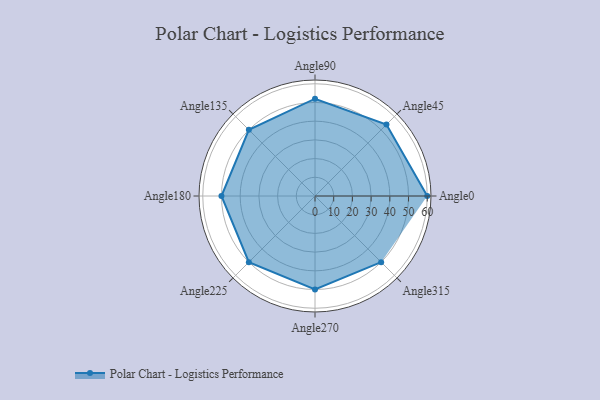
{"axis": {"x": "Angle", "y": "Radius"}, "legend": [""], "data": [{"x": "Angle0", "y": 60.0, "type": ""}, {"x": "Angle45", "y": 54.0, "type": ""}, {"x": "Angle90", "y": 52.0, "type": ""}, {"x": "Angle135", "y": 50, "type": ""}, {"x": "Angle180", "y": 50, "type": ""}, {"x": "Angle225", "y": 50, "type": ""}, {"x": "Angle270", "y": 50, "type": ""}, {"x": "Angle315", "y": 50, "type": ""}]}